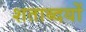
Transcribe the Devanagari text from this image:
शताब्दयों